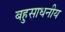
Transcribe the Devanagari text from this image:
बहुसाधनीय